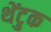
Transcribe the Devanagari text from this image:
थेंटुक